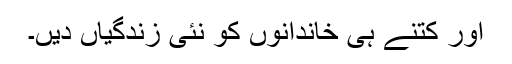
اور کتنے ہی خاندانوں کو نئی زندگیاں دیں۔